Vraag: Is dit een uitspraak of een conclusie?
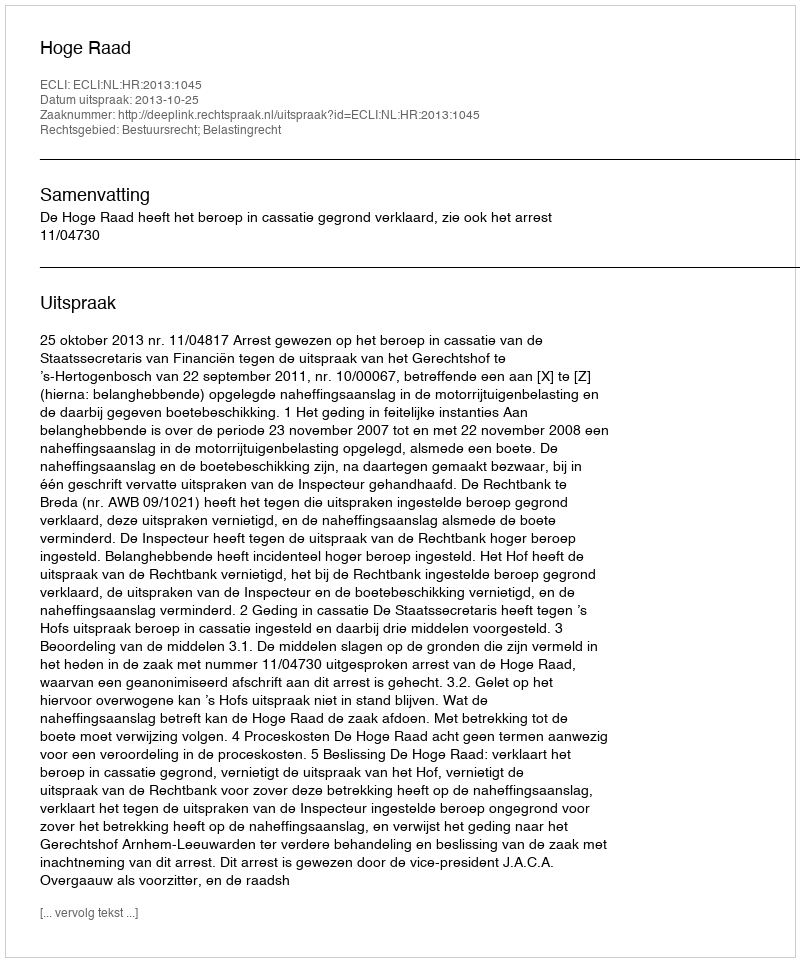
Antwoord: Uitspraak